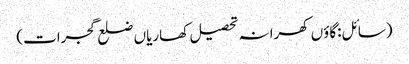
(سائل:گاؤں کھرانہ تحصیل کھاریاں ضلع گجرات)